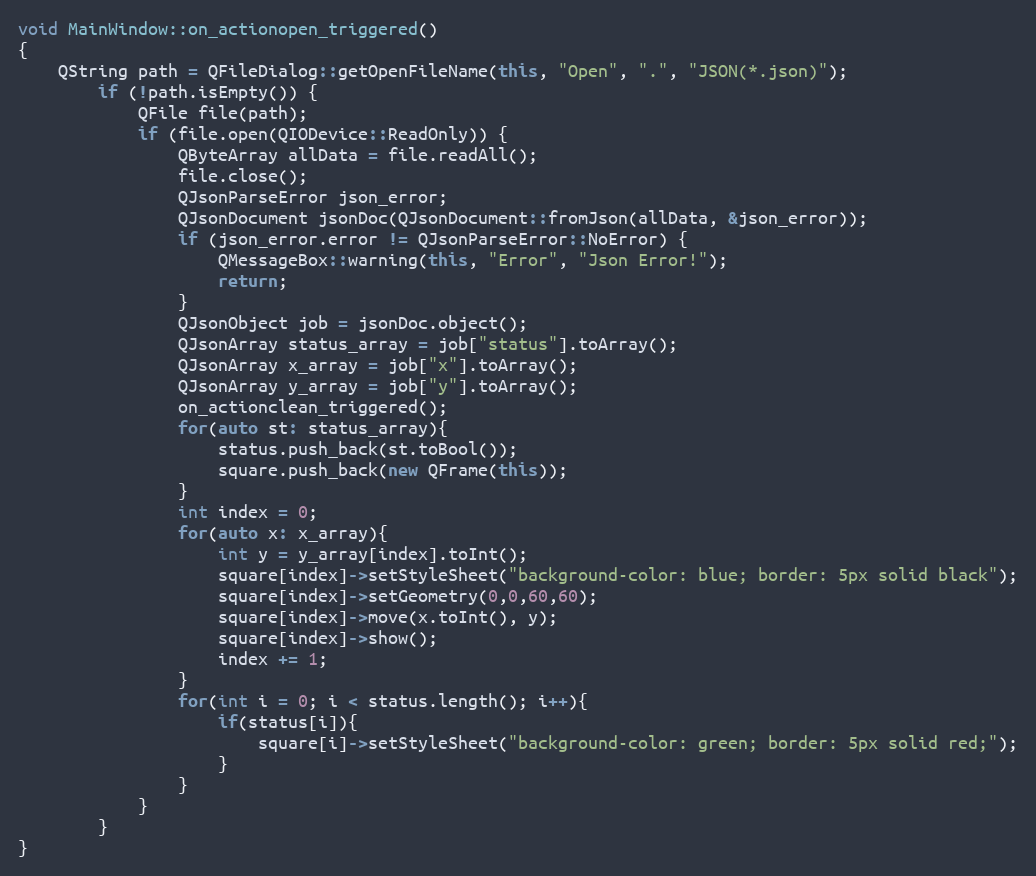
Language: C++
void MainWindow::on_actionopen_triggered()
{
    QString path = QFileDialog::getOpenFileName(this, "Open", ".", "JSON(*.json)");
        if (!path.isEmpty()) {
            QFile file(path);
            if (file.open(QIODevice::ReadOnly)) {
                QByteArray allData = file.readAll();
                file.close();
                QJsonParseError json_error;
                QJsonDocument jsonDoc(QJsonDocument::fromJson(allData, &json_error));
                if (json_error.error != QJsonParseError::NoError) {
                    QMessageBox::warning(this, "Error", "Json Error!");
                    return;
                }
                QJsonObject job = jsonDoc.object();
                QJsonArray status_array = job["status"].toArray();
                QJsonArray x_array = job["x"].toArray();
                QJsonArray y_array = job["y"].toArray();
                on_actionclean_triggered();
                for(auto st: status_array){
                    status.push_back(st.toBool());
                    square.push_back(new QFrame(this));
                }
                int index = 0;
                for(auto x: x_array){
                    int y = y_array[index].toInt();
                    square[index]->setStyleSheet("background-color: blue; border: 5px solid black");
                    square[index]->setGeometry(0,0,60,60);
                    square[index]->move(x.toInt(), y);
                    square[index]->show();
                    index += 1;
                }
                for(int i = 0; i < status.length(); i++){
                    if(status[i]){
                        square[i]->setStyleSheet("background-color: green; border: 5px solid red;");
                    }
                }
            }
        }
}